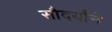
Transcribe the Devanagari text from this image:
सौदर्यांने